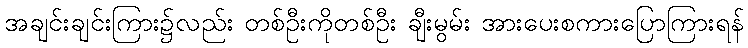
အချင်းချင်းကြား၌လည်း တစ်ဦးကိုတစ်ဦး ချီးမွမ်း အားပေးစကားပြောကြားရန်